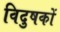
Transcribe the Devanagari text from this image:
विदुषकों